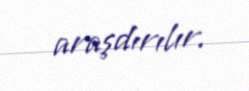
araşdırılır.